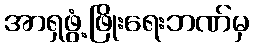
အာရှဖွံ့ဖြိုးရေးဘဏ်မှ